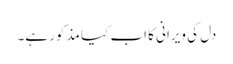
دل کی ویرانی کا اب کیا مذکور ہے۔